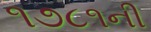
૧૭૮૧ની